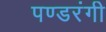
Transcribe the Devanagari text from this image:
पण्डरंगी